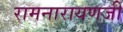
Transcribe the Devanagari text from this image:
रामनारायणजी